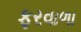
ફરવાળા